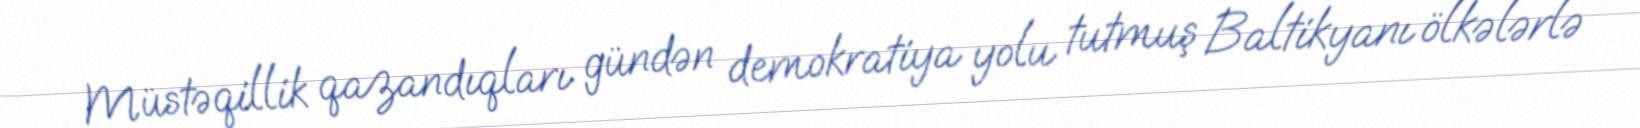
Müstəqillik qazandıqları gündən demokratiya yolu tutmuş Baltikyanı ölkələrlə